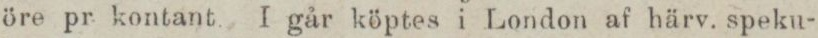
öre pr kontant. I går köptes i London af härv. speku-